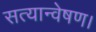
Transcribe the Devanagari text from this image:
सत्यान्वेषण।